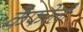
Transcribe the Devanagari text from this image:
कैफरेली